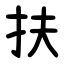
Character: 扶